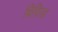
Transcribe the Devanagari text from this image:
बिफ़िडा